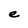
Character: e